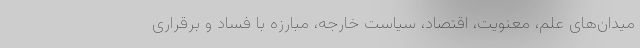
میدان‌های علم، معنویت، اقتصاد، سیاست خارجه، مبارزه با فساد و برقراری